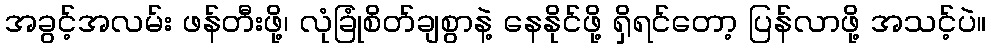
အခွင့်အလမ်း ဖန်တီးဖို့၊ လုံခြုံစိတ်ချစွာနဲ့ နေနိုင်ဖို့ ရှိရင်တော့ ပြန်လာဖို့ အသင့်ပဲ။